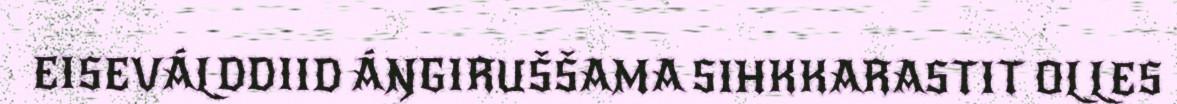
EISEVÁLDDIID ÁŊGIRUŠŠAMA SIHKKARASTIT OLLES